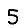
Digit: 5